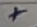
Text: +